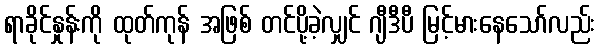
ရာခိုင်နှုန်းကို ထုတ်ကုန် အဖြစ် တင်ပို့ခဲ့လျှင် ဂျီဒီပီ မြင့်မားနေသော်လည်း